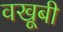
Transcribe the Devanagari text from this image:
वखूबी